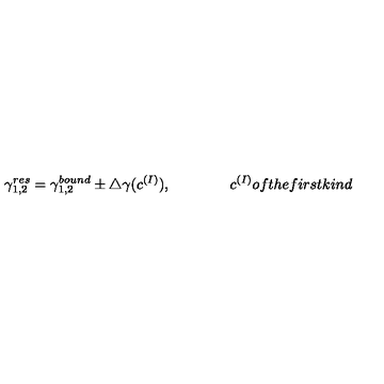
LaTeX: \gamma _ { 1 , 2 } ^ { r e s } = \gamma _ { 1 , 2 } ^ { b o u n d } \pm \triangle \gamma ( c ^ { ( I ) } ) , \qquad \qquad c ^ { ( I ) } { o f t h e f i r s t k i n d }